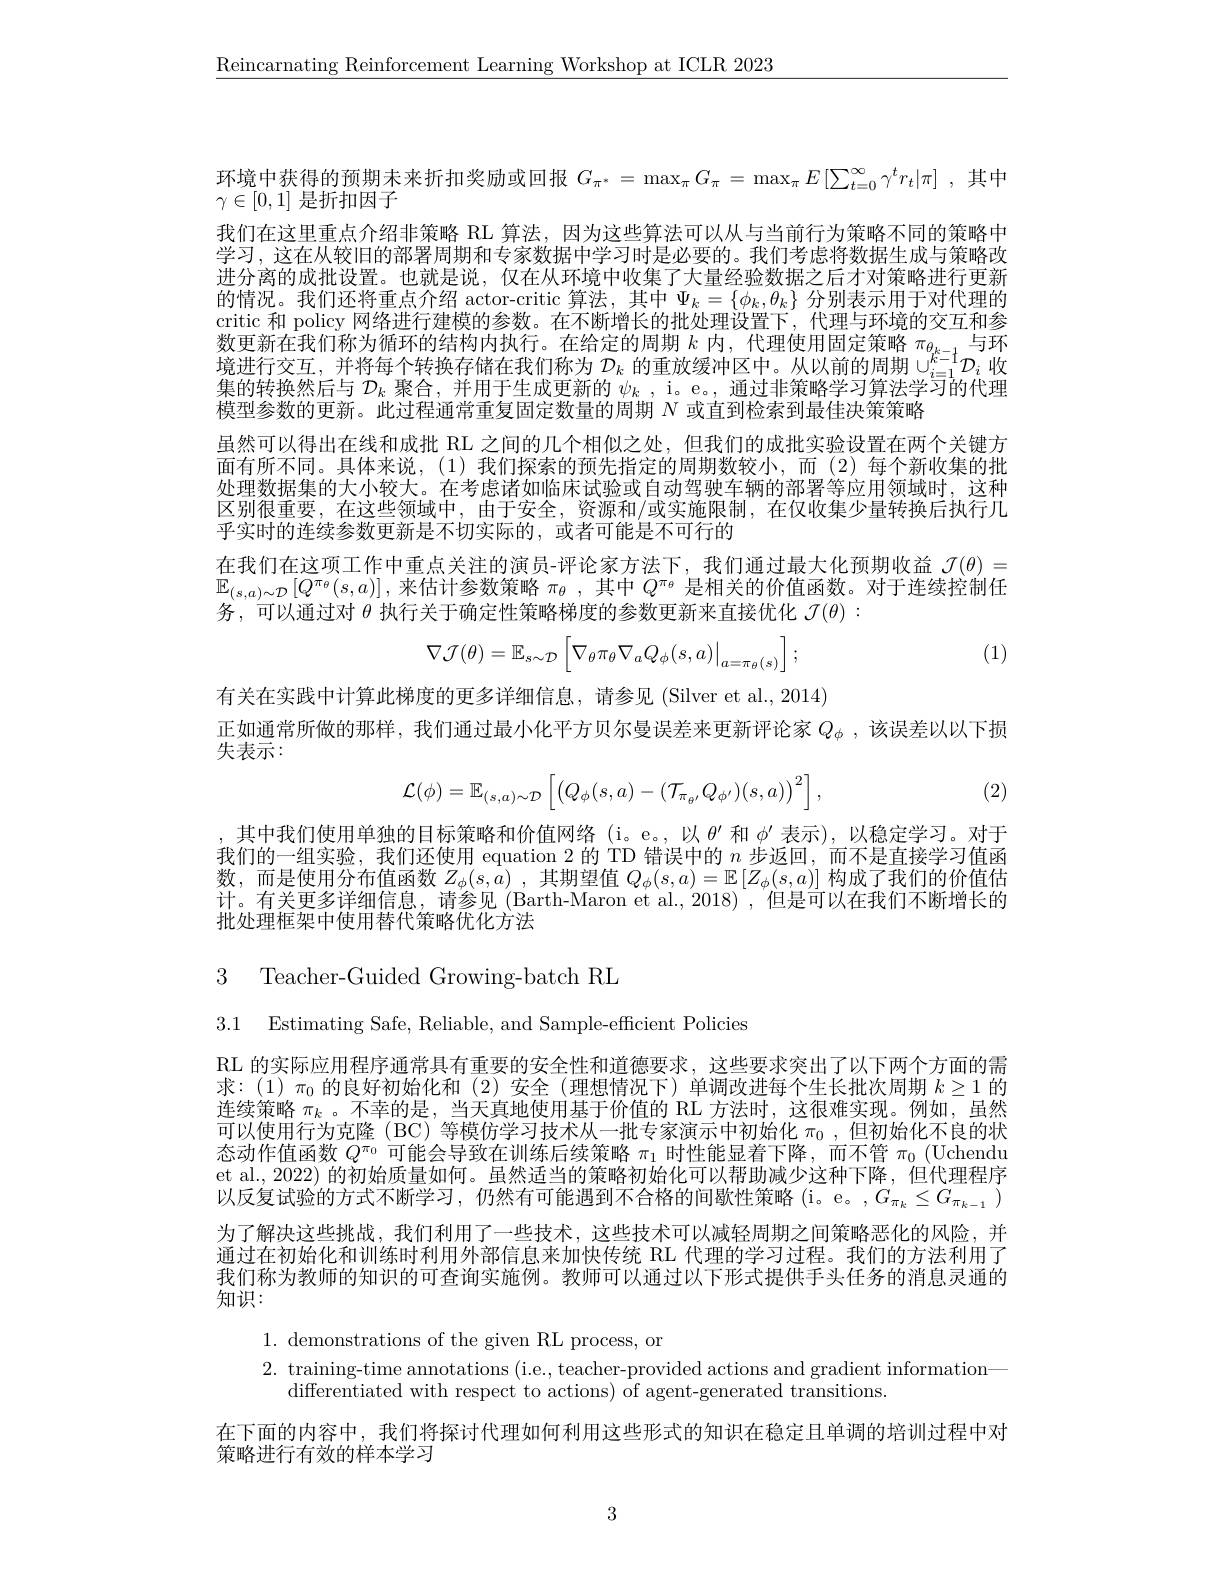
$\underline{\text{Reincarnating Reinforcement Learning Workshop at ICLR 2023}}$

环境中获得的预期未来折扣奖励或回报$G_{\pi^*}=\max_\pi G_\pi=\max_\pi E\left[\sum_{t=0}^\infty\gamma^tr_t|\pi\right]$,其中
$\gamma\in[0,1]$是折扣因子
我们在这里重点介绍非策略 RL 算法，因为这些算法可以从与当前行为策略不同的策略中学习，这在从较旧的部署周期和专家数据中学习时是必要的。我们考虑将数据生成与策略改进分离的成批设置。也就是说，仅在从环境中收集了大量经验数据之后才对策略进行更新的情况。我们还将重点介绍 actor-critic 算法，其中$\Psi_k=\{\phi_k,\theta_k\}$分别表示用于对代理的critic 和 policy 网络进行建模的参数。在不断增长的批处理设置下，代理与环境的交互和参数更新在我们称为循环的结构内执行。在给定的周期$k$内，代理使用固定策略$\pi_\theta$
 与环
境进行交互，并将每个转换存储在我们称为$\mathcal{D}_k$的重放缓冲区中。从以前的周期$\cup_i=1^{k-1}\mathcal{D}_i$收集的转换然后与$\mathcal{D}_k$聚合，并用于生成更新的$\psi_k$, i。e。, 通过非策略学习算法学习的代理模型参数的更新。此过程通常重复固定数量的周期$N$或直到检索到最佳决策策略
虽然可以得出在线和成批 RL 之间的几个相似之处，但我们的成批实验设置在两个关键方面有所不同。具体来说，(1)我们探索的预先指定的周期数较小，而(2)每个新收集的批处理数据集的大小较大。在考虑诸如临床试验或自动驾驶车辆的部署等应用领域时，这种区别很重要，在这些领域中，由于安全，资源和/或实施限制，在仅收集少量转换后执行几乎实时的连续参数更新是不切实际的，或者可能是不可行的
在我们在这项工作中重点关注的演员-评论家方法下，我们通过最大化预期收益$\mathcal{J}(\theta)=$ $\mathbb{E}_{(s,a)\sim\mathcal{D}}\left[Q^{\pi_\theta}(s,a)\right]$,来估计参数策略$\pi_\theta$,其中$Q^\pi_\theta$是相关的价值函数。对于连续控制任务，可以通过对$\theta$执行关于确定性策略梯度的参数更新来直接优化$\mathcal{J}(\theta):$

(1)
$$\nabla\mathcal{J}(\theta)=\mathbb{E}_{s\sim\mathcal{D}}\left[\nabla_{\theta}\pi_{\theta}\nabla_{a}Q_{\phi}(s,a)\big|_{a=\pi_{\theta}(s)}\right];$$
有关在实践中计算此梯度的更多详细信息，请参见(Silver et al.,2014)
正如通常所做的那样，我们通过最小化平方贝尔曼误差来更新评论家$Q_\phi$ , 该误差以以下损
$\bar{\text{失表示}}:$

(2)
$$\mathcal{L}(\phi)=\mathbb{E}_{(s,a)\sim\mathcal{D}}\left[\left(Q_\phi(s,a)-(\mathcal{T}_{\pi_{\theta'}}Q_{\phi'})(s,a)\right)^2\right],$$
,其中我们使用单独的目标策略和价值网络(i。e。,以$\theta^\prime$和$\phi^{\prime}$表示),以稳定学习。对于我们的一组实验，我们还使用 equation 2 的 TD 错误中的$n$步返回，而不是直接学习值函数，而是使用分布值函数 $Z_\phi(s,a)$ ,其期望值 $Q_\phi(s,a)=\mathbb{E}\left[Z_\phi(s,a)\right]$构成了我们的价值估计。有关更多详细信息，请参见(Barth-Maron et al.,2018),但是可以在我们不断增长的批处理框架中使用替代策略优化方法

3 Teacher-Guided Growing-batch RL

3.1 Estimating Safe, Reliable, and Sample-efficient Policies

RL 的实际应用程序通常具有重要的安全性和道德要求，这些要求突出了以下两个方面的需求$:(1)\pi_0$的良好初始化和 (2)安全 (理想情况下)单调改进每个生长批次周期$k\geq1$的连续策略$\pi_k$ 。不幸的是 , 当天真地使用基于价值的 RL 方法时，这很难实现。例如，虽然可以使用行为克隆(BC)等模仿学习技术从一批专家演示中初始化$\pi_0$ ,但初始化不良的状态动作值函数$Q^\mathrm{\pi o}$可能会导致在训练后续策略$\pi_1$时性能显着下降 ,而不管$\pi_0$ (Uchendu et al., 2022) 的初始质量如何。虽然适当的策略初始化可以帮助减少这种下降，但代理程序以反复试验的方式不断学习，仍然有可能遇到不合格的间歇性策略(i。e。,$G_\pi_k\leq G_{\pi_{k-1}})$ 为了解决这些挑战，我们利用了一些技术，这些技术可以减轻周期之间策略恶化的风险，并通过在初始化和训练时利用外部信息来加快传统 RL 代理的学习过程。我们的方法利用了我们称为教师的知识的可查询实施例。教师可以通过以下形式提供手头任务的消息灵通的知识：

1. demonstrations of the given RL process, or
2. training-time annotations (i.e., teacher-provided actions and gradient information—
differentiated with respect to actions) of agent-generated transitions.
在下面的内容中，我们将探讨代理如何利用这些形式的知识在稳定且单调的培训过程中对
策略进行有效的样本学习

3